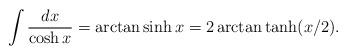
LaTeX: \begin{align*}\displaystyle\int \displaystyle\frac{dx}{\cosh x}=\arctan \sinh x=2\arctan \tanh (x/2).\end{align*}